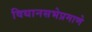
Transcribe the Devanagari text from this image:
विधानसभेप्रमाणे